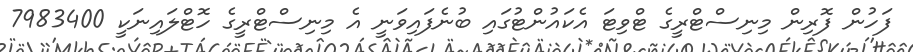
ފަހުން ފޮރިން މިނިސްޓްރީގެ ޓްވިޓަ އެކައުންޓުގައި ބުނެފައިވަނީ އެ މިނިސްޓްރީގެ ހޮޓްލައިނަކީ 7983400